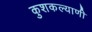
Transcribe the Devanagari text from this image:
कुशकल्याणी